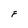
Character: F